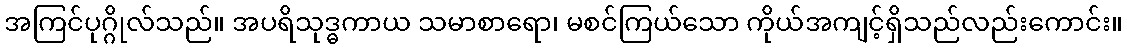
အကြင်ပုဂ္ဂိုလ်သည်။ အပရိသုဒ္ဓကာယ သမာစာရော၊ မစင်ကြယ်သော ကိုယ်အကျင့်ရှိသည်လည်းကောင်း။